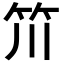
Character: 𥫨